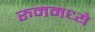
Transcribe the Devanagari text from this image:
रुममध्ये